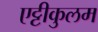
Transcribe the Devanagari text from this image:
एट्टीकुलम